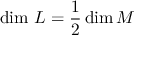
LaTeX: { \mathrm { d i m ~ } } L = { \frac { 1 } { 2 } } \dim M